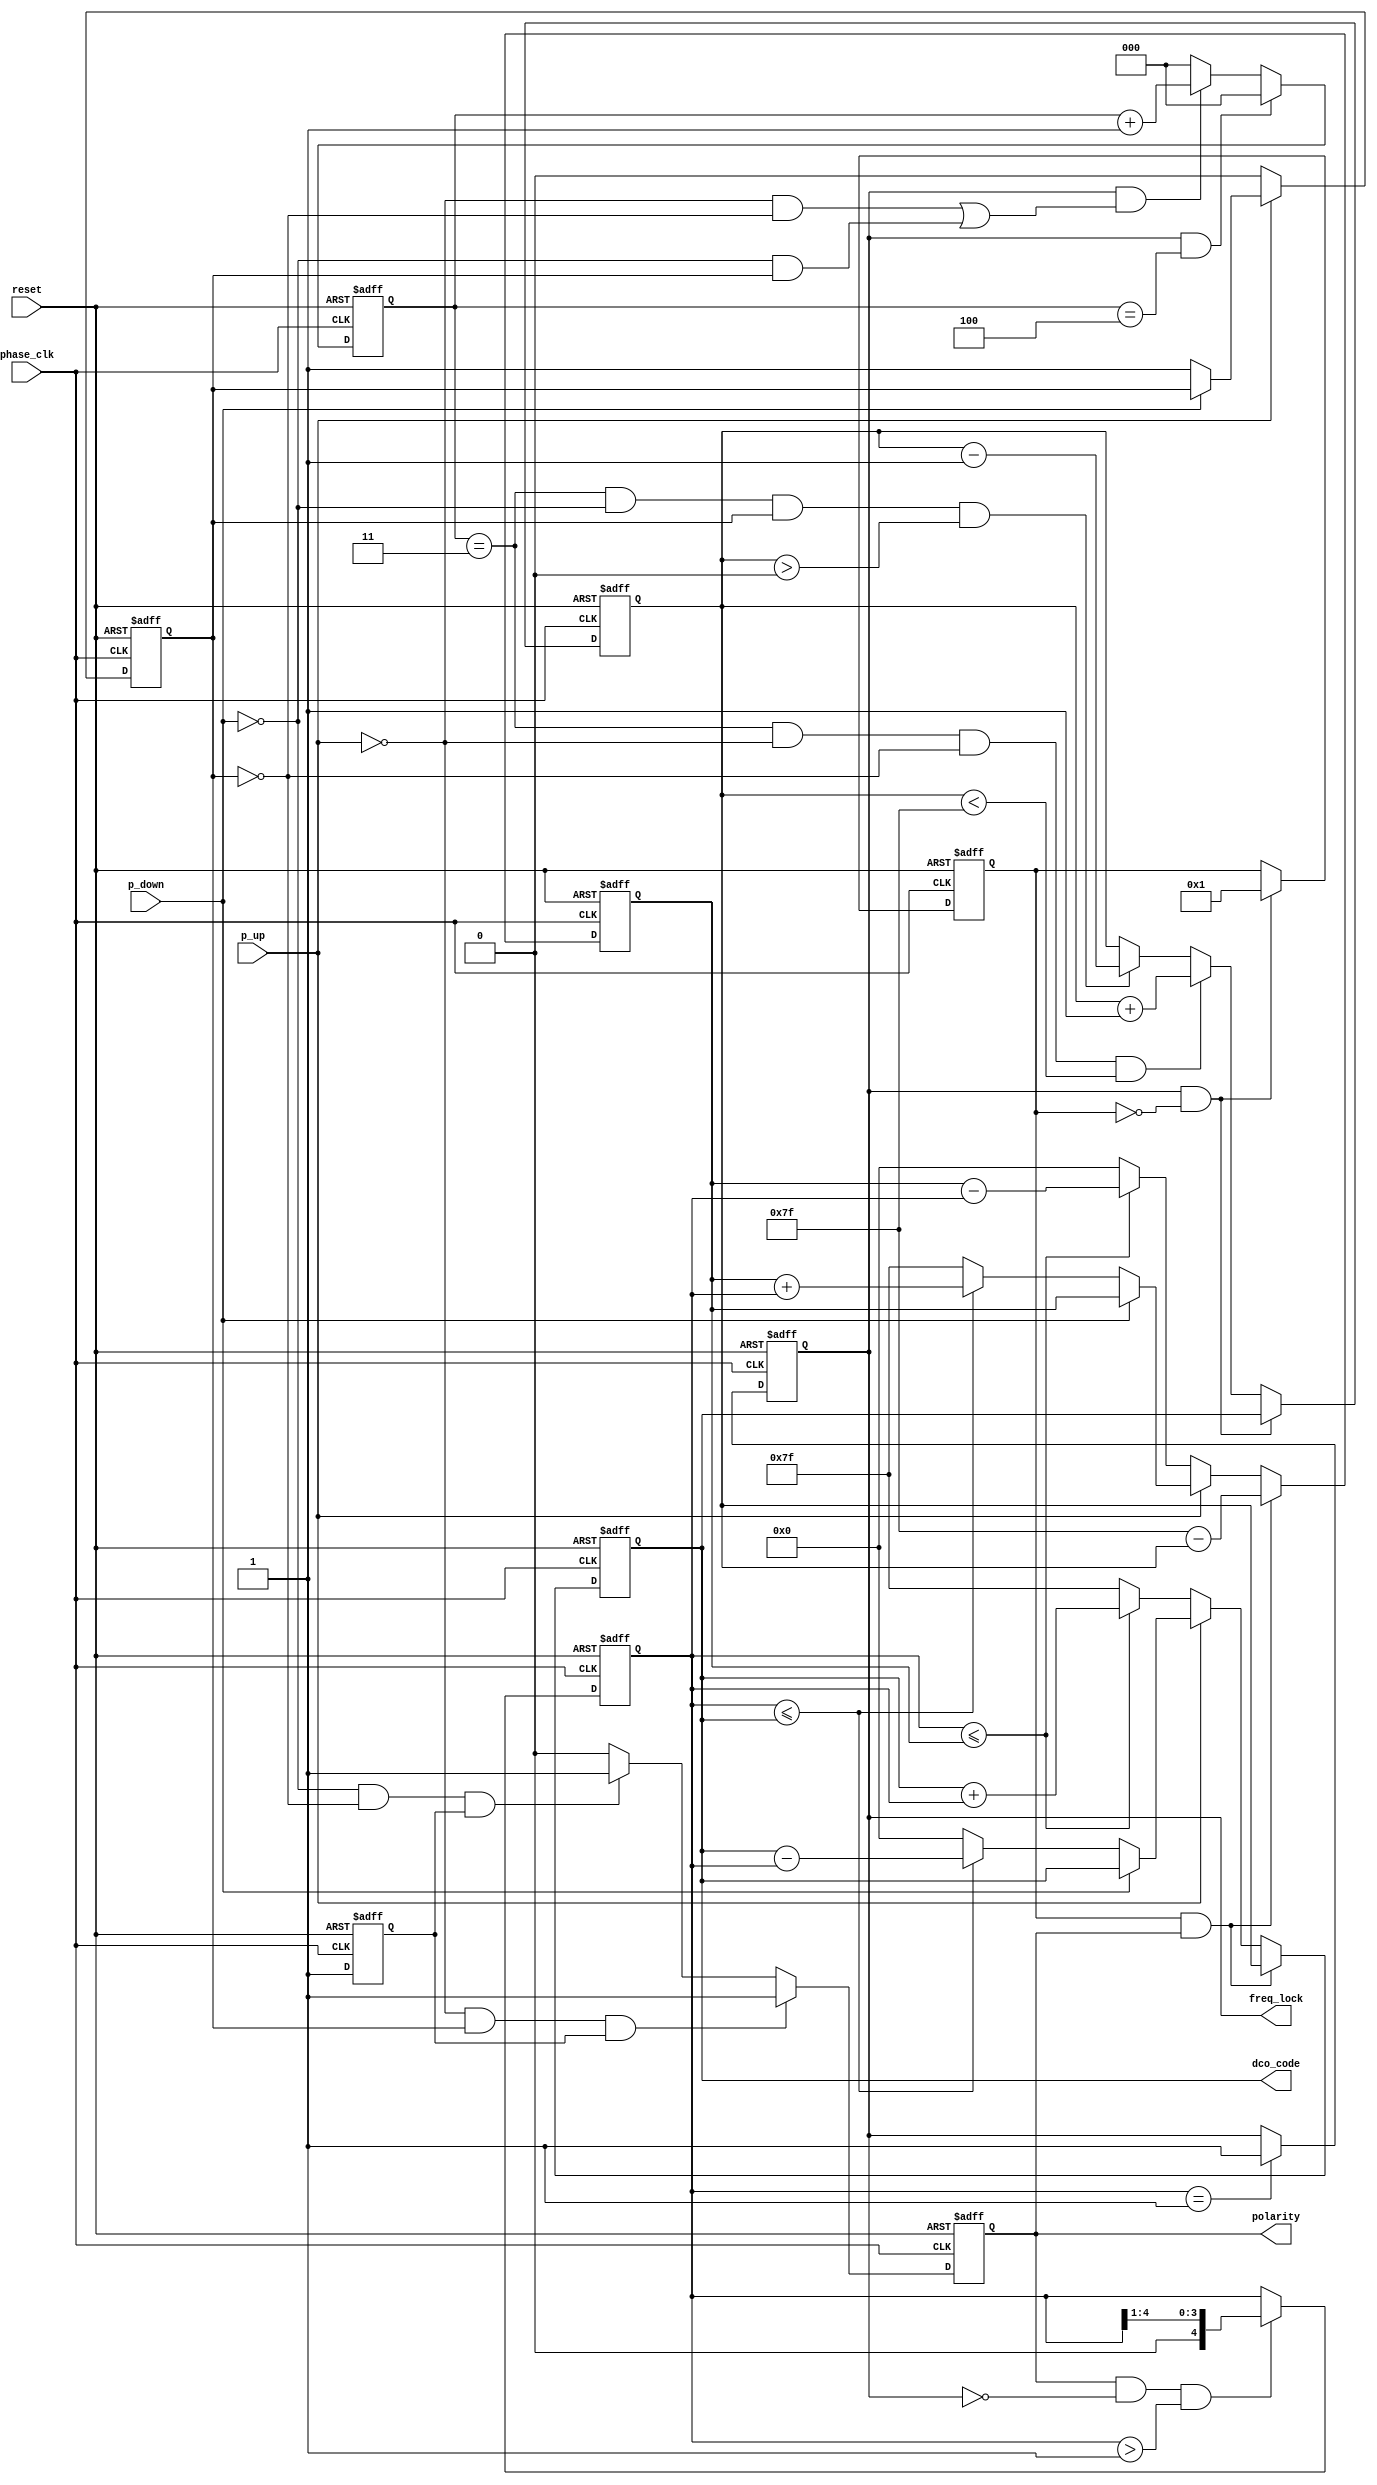
//------------------------------------------------------//
//- Advanced Digital IC Design                          //
//-                                                     //
//- Exercise: PLL Controller                            //
//------------------------------------------------------//

`timescale 1ns/1ps
module CONTROLLER(reset, phase_clk, p_up, p_down, 
                  dco_code, freq_lock, polarity);

input	       reset, phase_clk;
input          p_up, p_down;
output [7:0]   dco_code;
output         freq_lock;
output         polarity;

//Write Your PLL Controller Here
reg [7:0] dco_code;
reg freq_lock;
reg polarity;

reg [4:0] step;
reg start;
reg ps;  //previous state
reg [7:0] code_up;

reg [7:0] anchor_reg;
reg [2:0] anchor_cnt;
reg [5:0] lock_flag;

reg lock_cycle;

always@(posedge reset or negedge phase_clk) begin
	if(reset)
		lock_flag <= 1'b0;
	else if(freq_lock && !lock_flag)
		lock_flag <= 1'b1;
end

always@(posedge reset or negedge phase_clk) begin
    if(reset)
        start <= 1'b0;
    else
        start <= 1'b1;
end

always@(posedge reset or negedge phase_clk) begin
    if(reset)
        ps <= 1'b0;
    else if(!p_up)
        ps <= 1'b0;
    else if(!p_down)
        ps <= 1'b1;
end

always@(posedge reset or negedge phase_clk) begin
    if(reset)
        polarity <= 1'b0;
    else if((!p_up) && ps && start)
        polarity <= 1'b1;
    else if((!p_down) && (!ps) && start)
        polarity <= 1'b1;
    else
        polarity <= 1'b0;
end

always@(posedge reset or negedge phase_clk) begin
    if(reset)
        step <= 5'd8;
    else if(polarity && (!freq_lock) && (step > 5'd1))
        step <= step >> 1;
end

always@(posedge reset or negedge phase_clk) begin
    if(reset) begin
        dco_code <= 8'd63;
        code_up <= 8'd64;
    end
    else if(lock_flag && polarity) begin
		dco_code <= anchor_reg;
		code_up <= 8'd127 - anchor_reg; 
	end
    else if(p_up == 1'b0) begin
        if(step <= code_up) begin
            dco_code <= dco_code + step;
            code_up <= code_up - step;
        end 
        else begin
            dco_code <= 8'd127;
            code_up <= 8'd0;
        end
    end
    else if(p_down == 1'b0) begin
        if(step <= dco_code) begin
            dco_code <= dco_code - step;
            code_up <= code_up + step;
        end
        else begin
            dco_code <= 8'd0;
            code_up <= 8'd127;
		end
    end
end

always@(posedge reset or negedge phase_clk) begin
    if(reset)
        freq_lock <= 1'b0;
    else if(step == 5'd1)
        freq_lock <= 1'b1;
end

always@(posedge reset or negedge phase_clk) begin
	if(reset)
		lock_cycle <= 6'd0;
	else if(!freq_lock)
		lock_cycle <= lock_cycle + 6'd1;
end

always@(posedge reset or negedge phase_clk) begin
	if(reset)
		anchor_reg <= 8'd0;
	else if(freq_lock && !lock_flag)
		anchor_reg <= dco_code;
    else if(anchor_cnt == 3'd3 && (!p_up) && (!ps) && anchor_reg < 8'd127)
		anchor_reg <= anchor_reg + 8'd1;
    else if(anchor_cnt == 3'd3 && (!p_down) && ps && anchor_reg > 8'd0)
		anchor_reg <= anchor_reg - 8'd1;
end

always@(posedge reset or negedge phase_clk) begin
	if(reset)
		anchor_cnt <= 3'd0;
	else if(freq_lock && anchor_cnt == 3'd4)
		anchor_cnt <= 3'd0;
    else if(freq_lock && ((!p_up) && (!ps) || (!p_down) && ps))    
        anchor_cnt <= anchor_cnt + 3'd1;
	else
		anchor_cnt <= 3'd0;
end	

endmodule